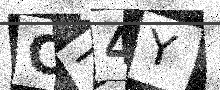
Text: CZ4Y